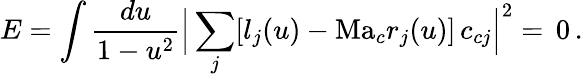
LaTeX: E=\int\frac{d{u}}{1-u^{2}}\Big|\sum_{j}[l_{j}(u)-\mathrm{Ma}_{c}r_{j}(u)]\, c_{cj}\Big|^{2}=\, 0\, .